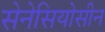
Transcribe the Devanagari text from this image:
सेनेसियोसीन